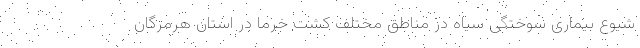
شیوع بیماری سوختگی سیاه در مناطق مختلف کشت خرما در استان هرمزگان